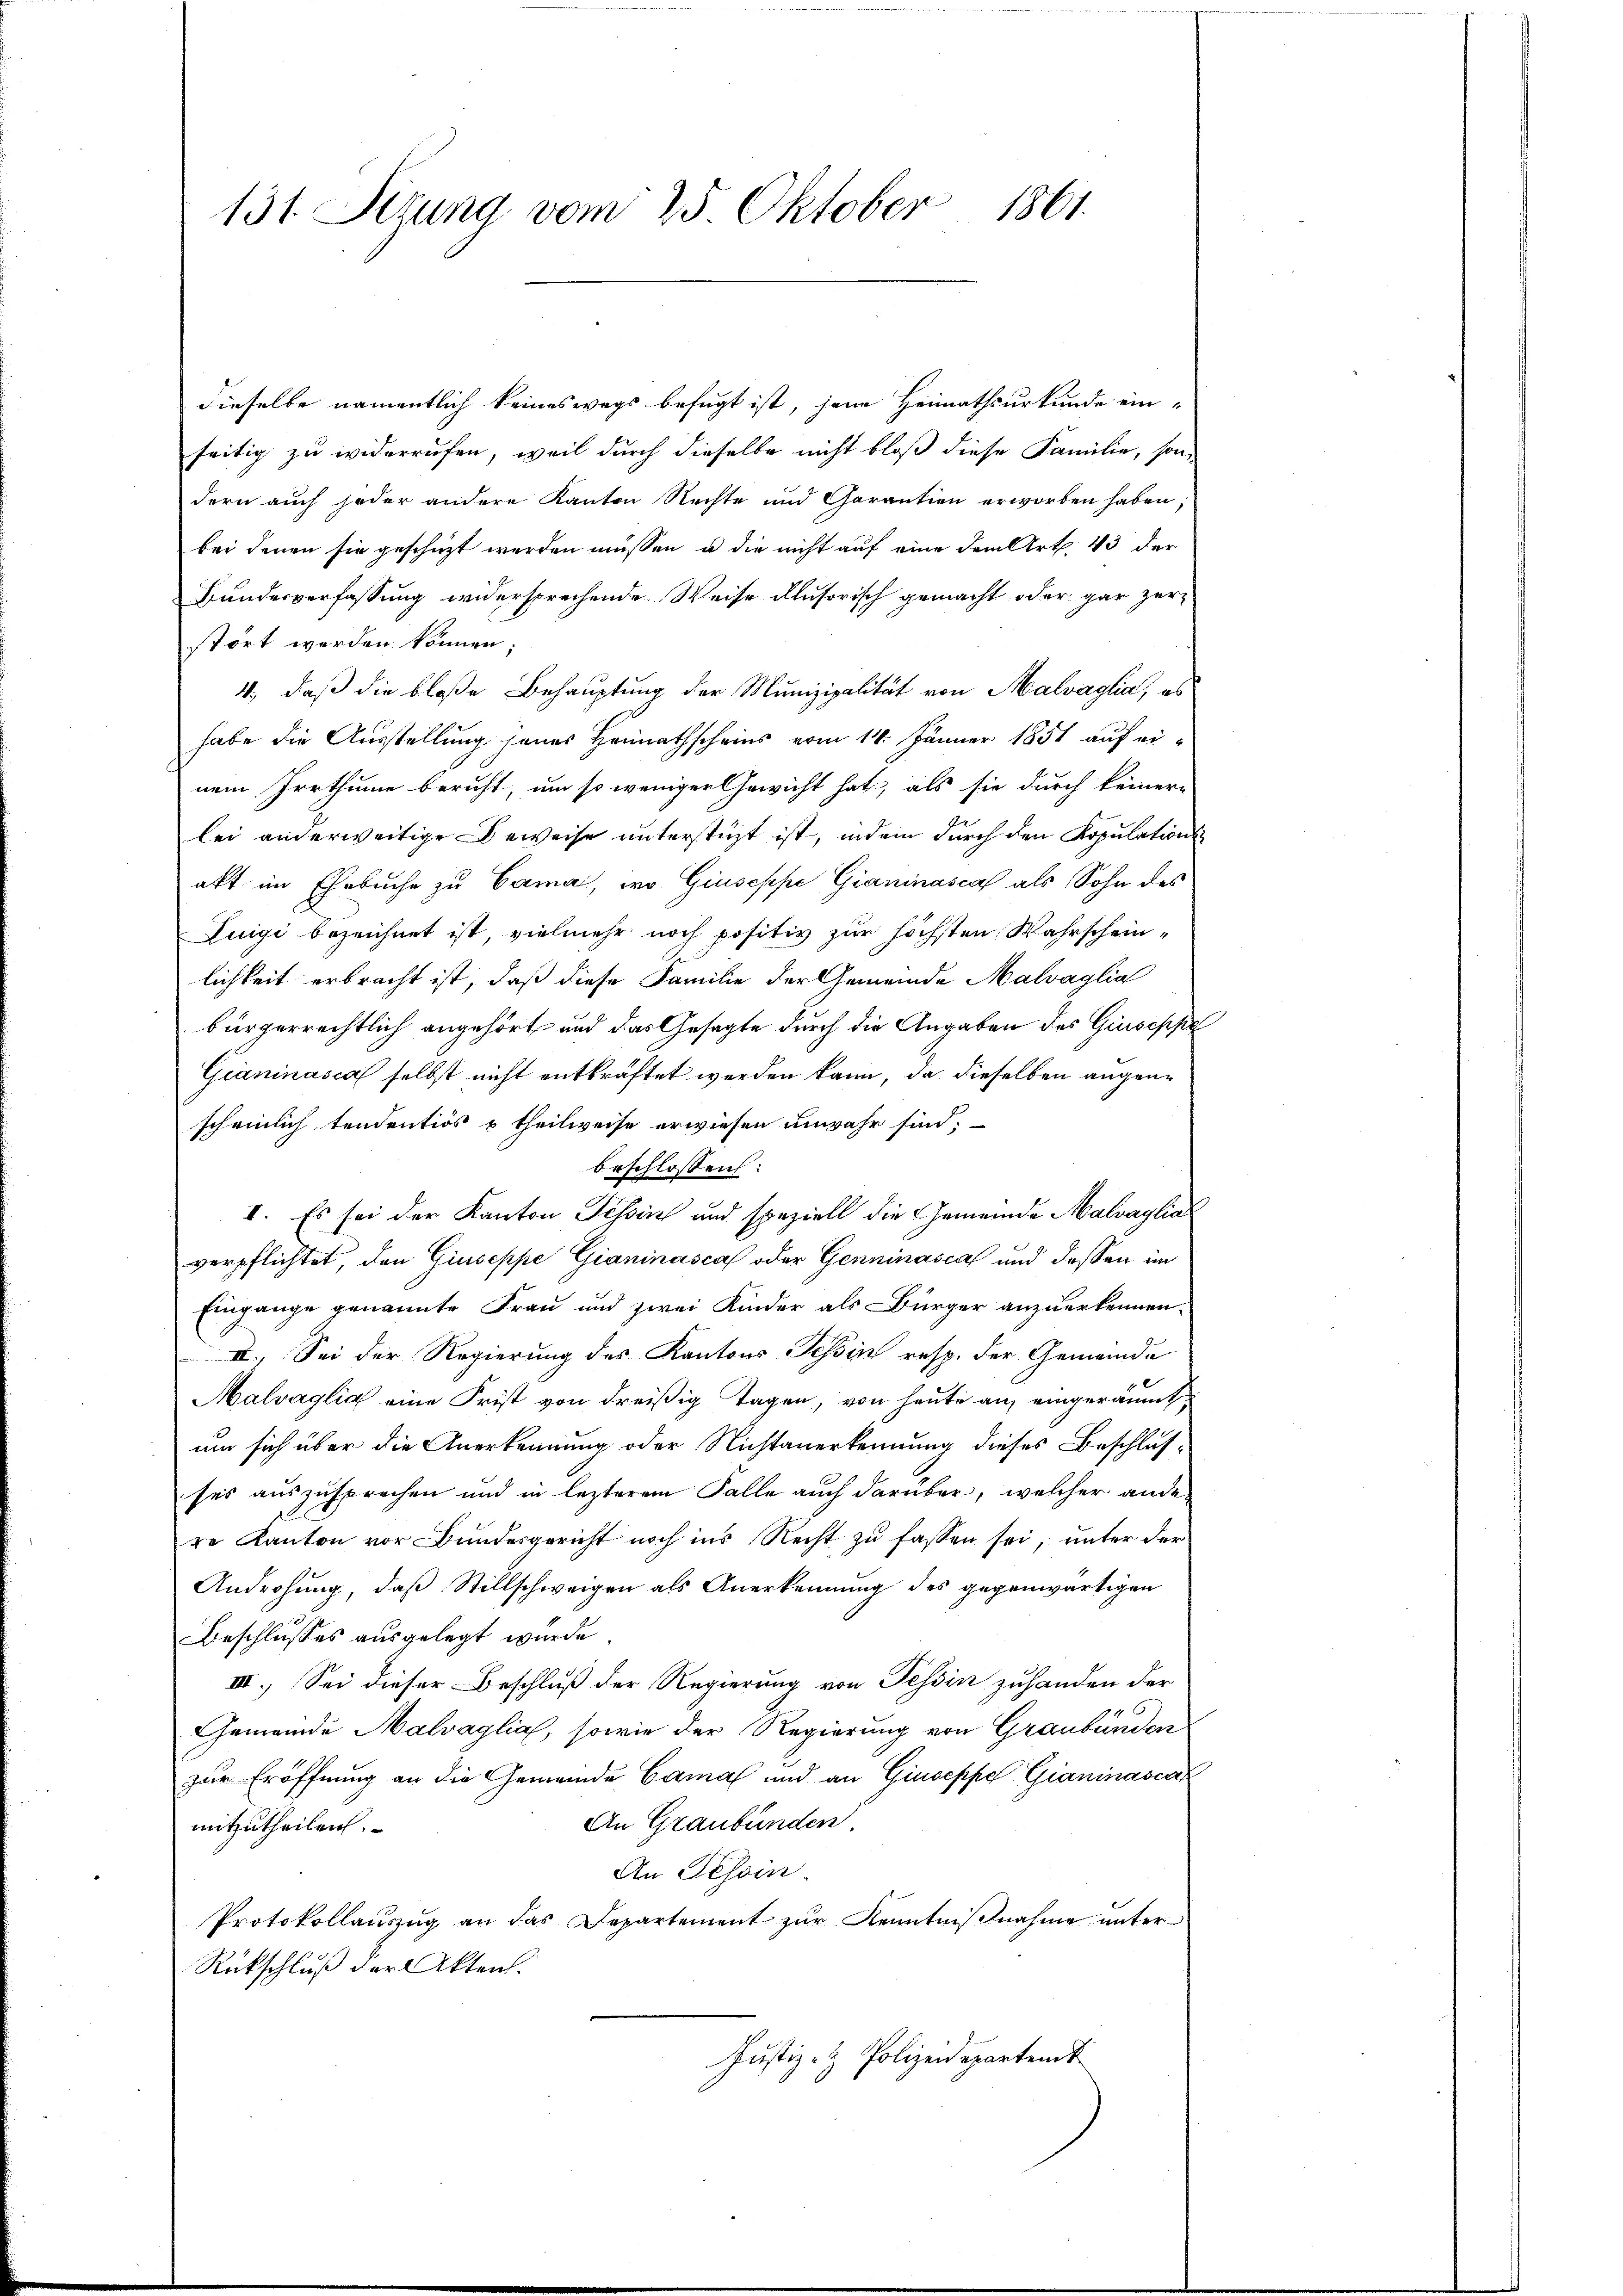
131. Sezung vom 25. Oktober 1861.

dieselbe namentlich keineswegs befugt ist, jene Heimathsurkunde ein-
seitig zu widerrufen, weil durch dieselbe nicht bloß diese Familie, son-
dern auch jeder andere Kanton Rechte und Garantien erworben haben;
bei denen sie geschüzt werden müssen, u die nicht auf eine dem Art. 43 der
Bundesverfassung widersprechende Weise alusorisch gemacht oder gar zerstört werden können.
4., daß die bloße Behauptung der Munizipalität von Malvaglia, es
habe die Ausstellung jenes Heimathscheins vom 14. Jänner 1851 auf einem Irrthume beruht, um so weniger Gewicht hat, als sie durch keinere
lei anderweitige Beweise unterstüzt ist, indem durch den Kopulationsakt im Ehrbuche zu Cama, wo Giuseppe Gianinasca als Sohn des
Luigi bezeichnet ist, vielmehr noch positiv zur höchsten Wahrscheinlichkeit erbracht ist, daß diese Familie der Gemeinde Malvaglia
bürgerrechtlich angehört, und das Gesagte durch die Angaben des Giuseppe
Gianinasca selbst nicht entkräftet werden kann, da dieselben angenscheinlich tendentios & theilweise erwiesen unwahr sind;
beschlossen:
II. Es sei der Kanton Tessin und speziell die Gemeinde Malvaglia
verpflichtet, den Giuseppe Gianinasca oder Genninascal und dessen im
Eingange genannte Frau und zwei Kinder als Bürger anzuerkennen.
III. Sei der Regierung des Kantons Tessin resp. der Gemeinde
Malvaglia eine Frist von dreißig Tagen, von heute an eingeräumt,
um sich über die Anerkennung oder Nichtanerkennung dieses Beschlusses auszusprechen und in lezterem Falle auch darüber, welcher ander
re Kanton vor Bundesgericht noch ins Recht zu fassen sei, unter der
Androhung, daß Stillschweigen als Anerkennung des gegenwärtigen
Beschlusses ausgelegt wurde
III. Sei dieser Beschluß der Regierung von Tessin zuhanden der
Gemeinde Malvaglia, sowie der Regierung von Graubünden
zur Eröffnung an die Gemeinde Canal und an Giuseppe Gianinasca
An Graubünden
mitzutheilen.
An Tessin.
Protokollaŭszŭg an das Departement zŭr Kenntniβnahme ŭnter
Rückschluß der Akten.
Justiz- & Polizeidepartent